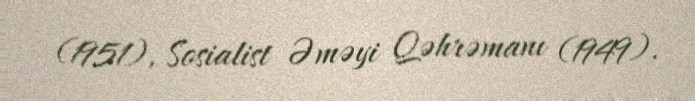
(1951), Sosialist Əməyi Qəhrəmanı (1949).